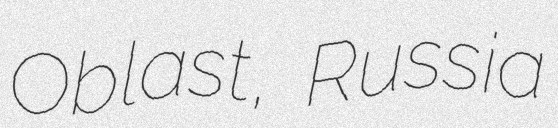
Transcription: Oblast, Russia